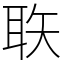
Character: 聅